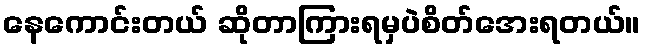
နေကောင်းတယ် ဆိုတာကြားရမှပဲစိတ်အေးရတယ်။